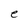
Character: e